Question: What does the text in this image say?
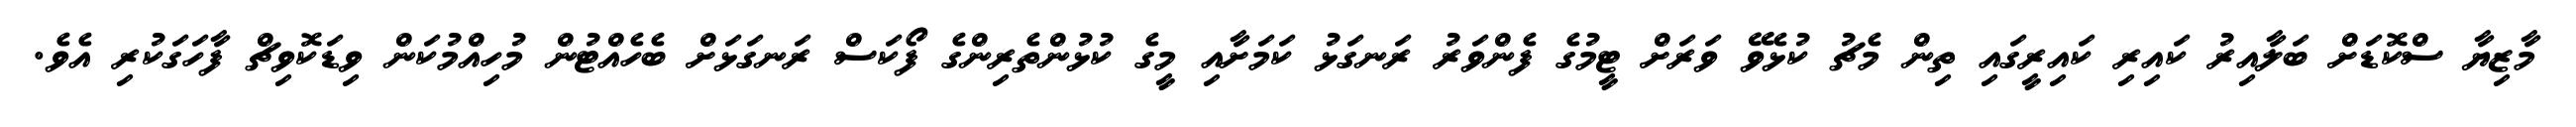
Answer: މާޒިޔާ ސްކޮޑަށް ބަލާއިރު ކައިރި ކައިރީގައި ތިން މެޗު ކުޅެވޭ ވަރަށް ޓީމުގެ ފެންވަރު ރަނގަޅު ކަމަށާއި މީގެ ކުޅުންތެރިންގެ ފޯކަސް ރަނގަޅަށް ބެހެއްޓުން މުހިއްމުކަން ވިޑަކޮވިޗް ފާހަގަކުރި އެވެ.